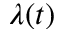
\lambda ( t )